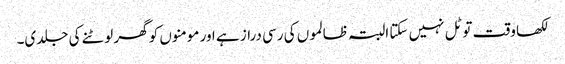
لکھا وقت تو ٹل نہیں سکتا البتہ ظالموں کی رسی دراز ہے اور مومنوں کو گھر لوٹنے کی جلدی۔